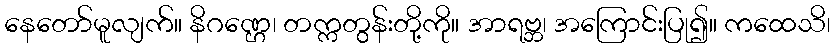
နေတော်မူလျက်။ နိဂဏ္ဌေ၊ တက္ကတွန်းတို့ကို။ အာရဗ္ဘ၊ အကြောင်းပြု၍။ ကထေသိ၊